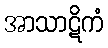
အာသာဋိကံ